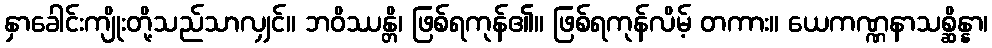
နှာခေါင်းကျိုးတို့သည်သာလျှင်။ ဘဝိဿန္တိ၊ ဖြစ်ရကုန်၏။ ဖြစ်ရကုန်လိမ့် တကား။ ယေကဏ္ဏနာသစ္ဆိန္နာ၊